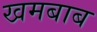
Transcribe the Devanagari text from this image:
खमबाब